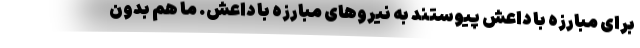
برای مبارزه با داعش پیوستند به نیروهای مبارزه با داعش. ما هم بدون